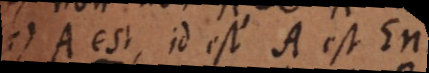
11) A est B, et A est C,